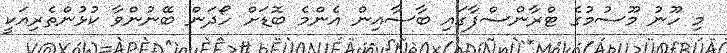
މި ހޫނު މޫސުމުގެ ޓްރާންސްފާގައި ބާސާއިން އެންމެ ބޮޑަށް ހޯދަން ބޭނުންވާ ކުޅުންތެރިއަކީ